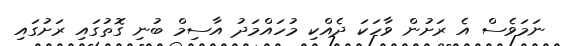
ނަމަވެސް އެ ރަށުން ވާހަކަ ދެއްކި މުހައްމަދު އާސިމް ބުނި ގޮތުގައި ރަށުގައި